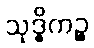
သုဒ္ဓိကဉ္စ